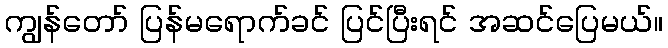
ကျွန်တော် ပြန်မရောက်ခင် ပြင်ပြီးရင် အဆင်ပြေမယ်။